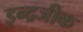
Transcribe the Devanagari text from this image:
इन्द्रजीक